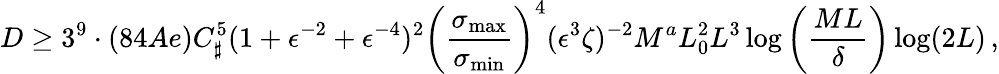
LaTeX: D\geq 3^{9}\cdot(84Ae)C_{\sharp}^{5}(1+\epsilon^{-2}+\epsilon^{-4})^{2}\left(\frac{\sigma_{\operatorname*{max}}}{\sigma_{\operatorname*{min}}}\right)^{4}(\epsilon^{3}\zeta)^{-2}M^{a}L_{0}^{2}L^{3}\log\left(\frac{ML}\delta\right)\log(2L)\, ,